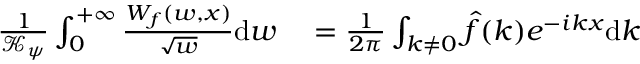
\begin{array} { r l } { \frac { 1 } { \mathcal { K } _ { \psi } } \int _ { 0 } ^ { + \infty } \frac { W _ { f } ( w , x ) } { \sqrt { w } } \mathrm { d } w } & { { } = \frac { 1 } { 2 \pi } \int _ { k \neq 0 } \hat { f } ( k ) e ^ { - i k x } \mathrm { d } k } \end{array}